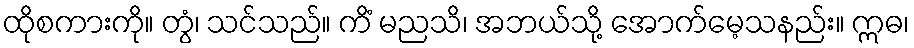
ထိုစကားကို။ တွံ၊ သင်သည်။ ကိံ မညသိ၊ အဘယ်သို့ အောက်မေ့သနည်း။ ဣဓ၊